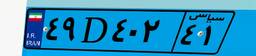
۷۸D۱۰۲۳۷